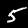
Label: 5